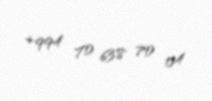
+994 70 638 70 04